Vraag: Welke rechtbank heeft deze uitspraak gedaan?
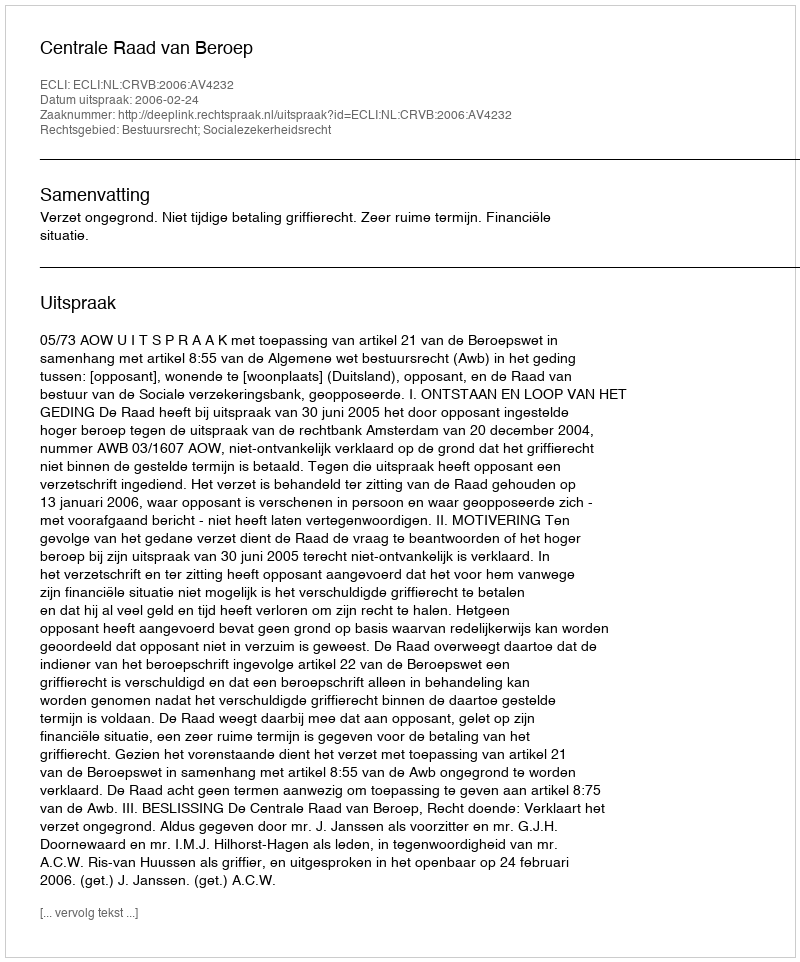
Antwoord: Centrale Raad van Beroep